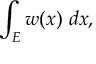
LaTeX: \int _ { E } w ( x ) \ d x ,